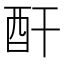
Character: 酐